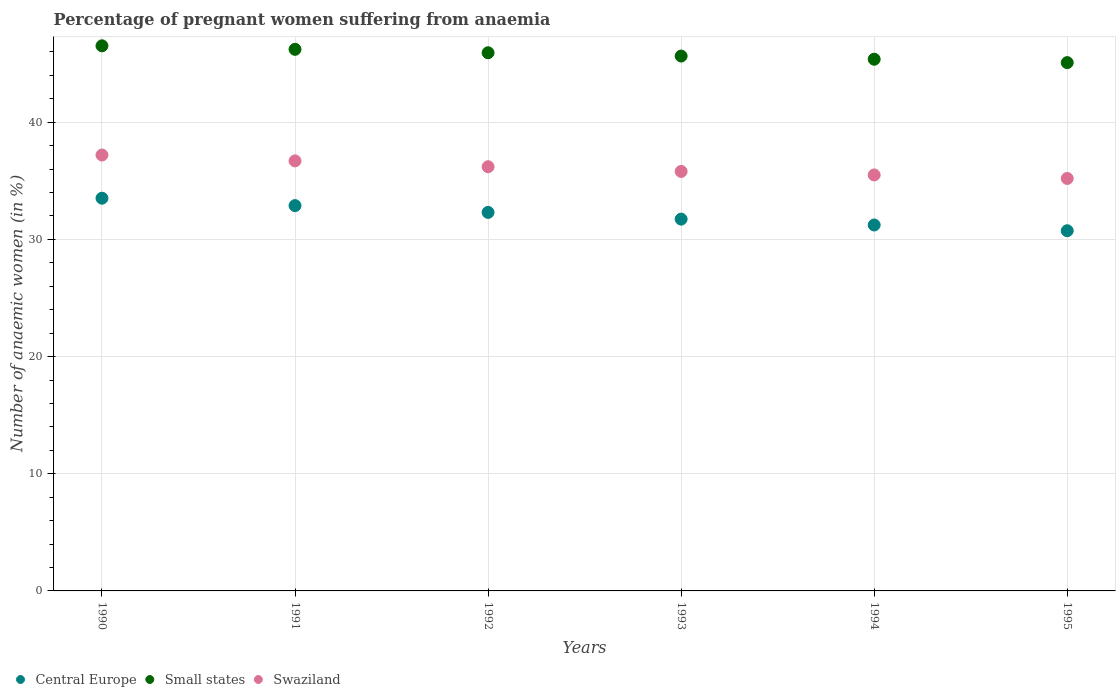
| Years | Central Europe | Small states | Swaziland |
 | --- | --- | --- | --- |
 | 1990 | 33.5 | 46.5 | 37.2 |
 | 1991 | 32.9 | 46.2 | 36.7 |
 | 1992 | 32.3 | 45.9 | 36.2 |
 | 1993 | 31.7 | 45.6 | 35.8 |
 | 1994 | 31.2 | 45.4 | 35.5 |
 | 1995 | 30.7 | 45.1 | 35.2 |